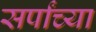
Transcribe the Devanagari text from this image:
सर्पांच्या